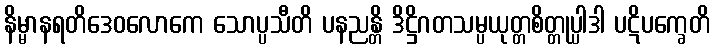
နိမ္မာနရတိဒေဝလောကေ သောပ္ပသီတိ ပနညန္တိ ဒိဋ္ဌိဂတသမ္ပယုတ္တစိတ္တုပ္ပါဒါ ပဋိပက္ခေတိ